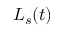
L _ { s } ( t )